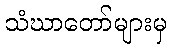
သံဃာတော်များမှ